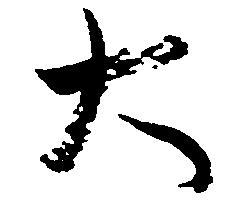
大